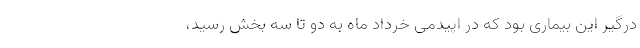
درگیر این بیماری بود که در اپیدمی خرداد ماه به دو تا سه بخش رسید،